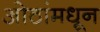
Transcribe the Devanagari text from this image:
ओठांमधून